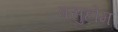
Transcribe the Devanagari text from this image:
वसुहोम